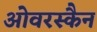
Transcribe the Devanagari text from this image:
ओवरस्कैन